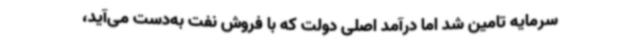
سرمایه تامین شد اما درآمد اصلی دولت که با فروش نفت به‌دست می‌آید،